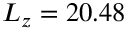
L _ { z } = 2 0 . 4 8